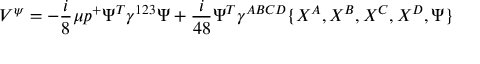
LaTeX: V ^ { \psi } = - { \frac { i } { 8 } } \mu p ^ { + } \Psi ^ { T } \gamma ^ { 1 2 3 } \Psi + { \frac { i } { 4 8 } } \Psi ^ { T } \gamma ^ { A B C D } \{ X ^ { A } , X ^ { B } , X ^ { C } , X ^ { D } , \Psi \}